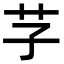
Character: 芓